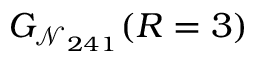
G _ { \mathcal { N } _ { 2 4 1 } } ( R = 3 )